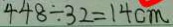
4 4 8 \div 3 2 = 1 4 c m